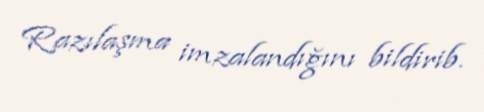
Razılaşma imzalandığını bildirib.